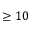
\geq 1 0